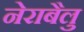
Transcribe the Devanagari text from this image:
नेराबैलु